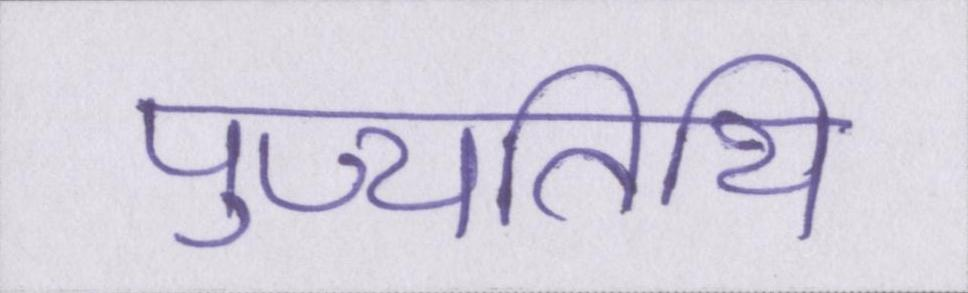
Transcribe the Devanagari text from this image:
पुण्यतिथि